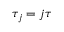
\tau _ { j } = j \tau